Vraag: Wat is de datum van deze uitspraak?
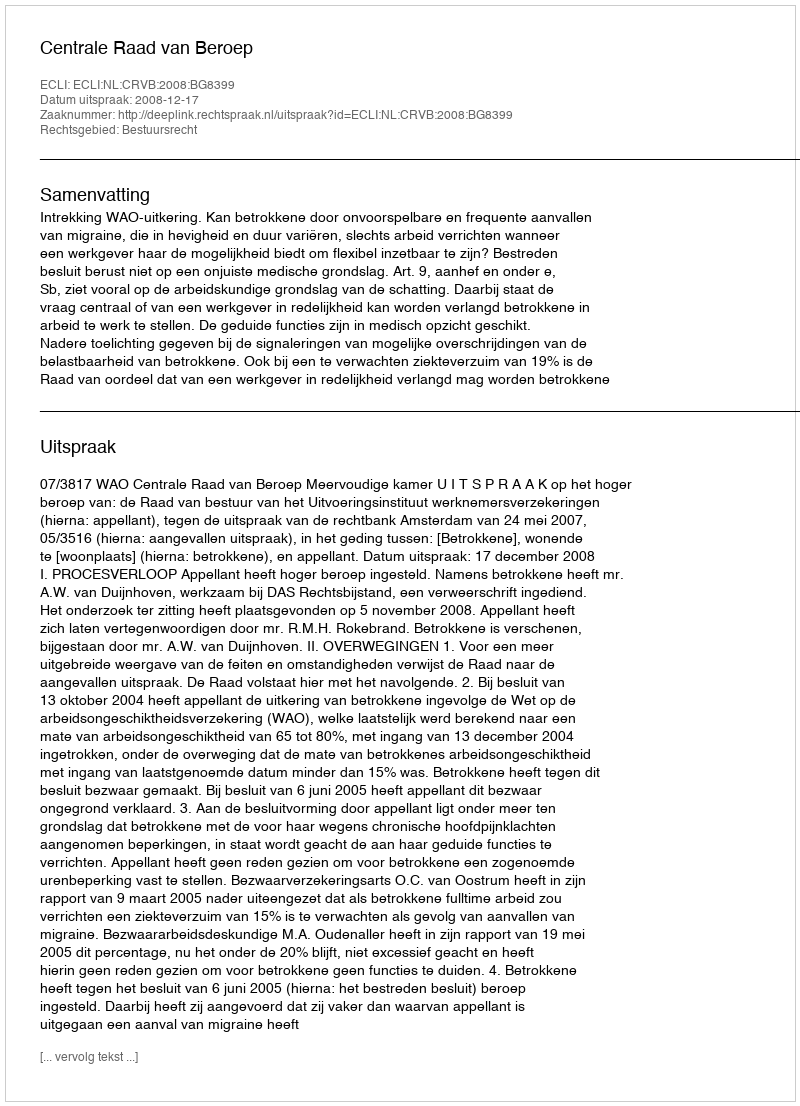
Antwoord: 2008-12-17